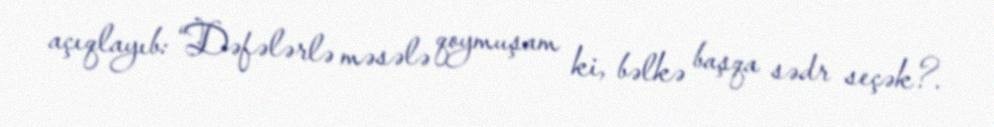
açıqlayıb: “Dəfələrlə məsələ qoymuşam ki, bəlkə başqa sədr seçək?.